Problem: 34 + 12 = ?
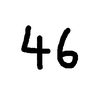
Handwritten answer: 46